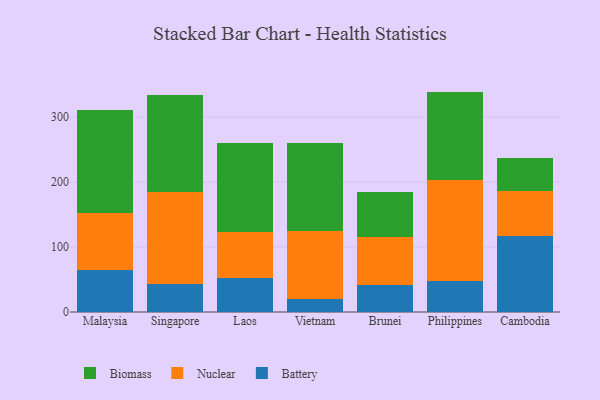
{"axis": {"x": "Country", "y": "Conversion Rate (%)"}, "legend": ["Battery", "Biomass", "Nuclear"], "data": [{"x": "Malaysia", "y": 65.2, "type": "Battery"}, {"x": "Malaysia", "y": 86.5, "type": "Nuclear"}, {"x": "Malaysia", "y": 159.8, "type": "Biomass"}, {"x": "Singapore", "y": 43.7, "type": "Battery"}, {"x": "Singapore", "y": 140.5, "type": "Nuclear"}, {"x": "Singapore", "y": 150.1, "type": "Biomass"}, {"x": "Laos", "y": 51.7, "type": "Battery"}, {"x": "Laos", "y": 71.0, "type": "Nuclear"}, {"x": "Laos", "y": 136.8, "type": "Biomass"}, {"x": "Vietnam", "y": 20.7, "type": "Battery"}, {"x": "Vietnam", "y": 103.7, "type": "Nuclear"}, {"x": "Vietnam", "y": 135.6, "type": "Biomass"}, {"x": "Brunei", "y": 41.6, "type": "Battery"}, {"x": "Brunei", "y": 73.7, "type": "Nuclear"}, {"x": "Brunei", "y": 68.9, "type": "Biomass"}, {"x": "Philippines", "y": 47.8, "type": "Battery"}, {"x": "Philippines", "y": 156.2, "type": "Nuclear"}, {"x": "Philippines", "y": 135.4, "type": "Biomass"}, {"x": "Cambodia", "y": 117.6, "type": "Battery"}, {"x": "Cambodia", "y": 68.4, "type": "Nuclear"}, {"x": "Cambodia", "y": 51.2, "type": "Biomass"}]}